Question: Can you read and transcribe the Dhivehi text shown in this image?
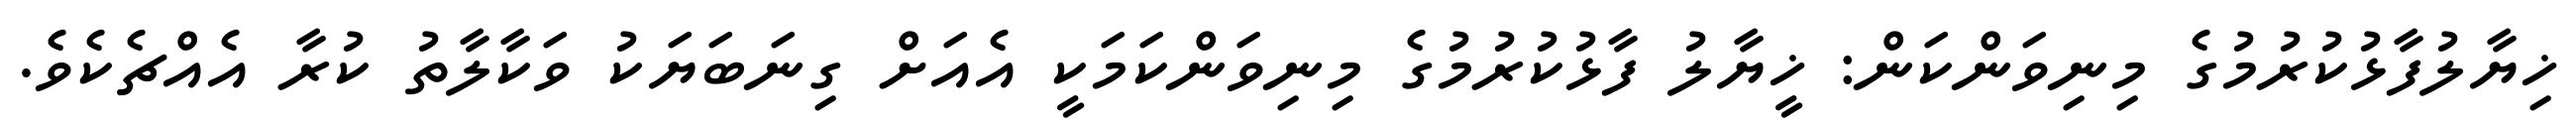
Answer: ޚިޔާލުފާޅުކުރުމުގެ މިނިވަންކަން: ޚީޔާލު ފާޅުކުރުމުގެ މިނިވަންކަމަކީ އެއަށް ގިނަބަޔަކު ވަކާލާތު ކުރާ އެއްޗެކެވެ.